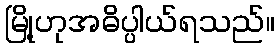
မြို့ဟုအဓိပ္ပါယ်ရသည်။